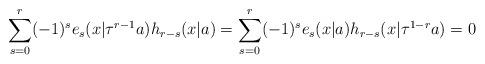
LaTeX: \begin{align*}\sum_{s=0}^{r}(-1)^{s}e_{s}(x|\tau^{r-1}a)h_{r-s}(x|a)=\sum_{s=0}^{r}(-1)^{s}e_{s}(x|a)h_{r-s}(x|\tau^{1-r}a)=0\end{align*}